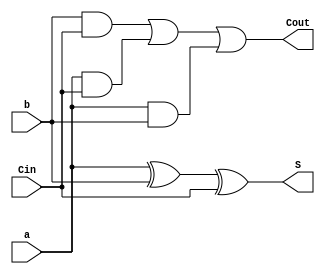
`timescale 1ns / 1ps
//////////////////////////////////////////////////////////////////////////////////
// Company: 
// Engineer: 
// 
// Design Name: 
// Module Name: adder
// Project Name: 
// Target Devices: 
// Tool Versions: 
// Description: 
// 
// Dependencies: 
// 
// Revision:
// Revision 0.01 - File Created
// Additional Comments:
// 
//////////////////////////////////////////////////////////////////////////////////


module adder(
    input a,
    input b, 
    input Cin,
    output S, 
    output Cout
);

   assign Cout = (b&Cin) | (a&Cin) | (a&b);
   assign S = a ^ b ^ Cin;
    
endmodule